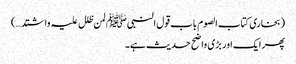
(بخاری کتاب الصوم باب قول النبیﷺ لمن ظلل علیہ واشتد…)
پھر ایک اور بڑی واضح حدیث ہے۔